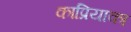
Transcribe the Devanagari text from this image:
काप्रियाका